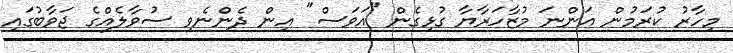
މިހާރު ކުރަމުން އަންނަ މުޒާހަރާޔާ ގުޅިގެން "އަވަސް" އިން ދެންނެވި ސުވާލެއްގެ ޖަވާބުގައި